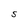
Character: S